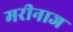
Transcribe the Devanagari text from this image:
मरीनाज